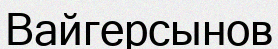
Вайгерсынов